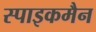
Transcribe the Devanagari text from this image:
स्पाइकमैन